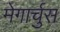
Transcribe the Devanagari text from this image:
मेगार्चुस